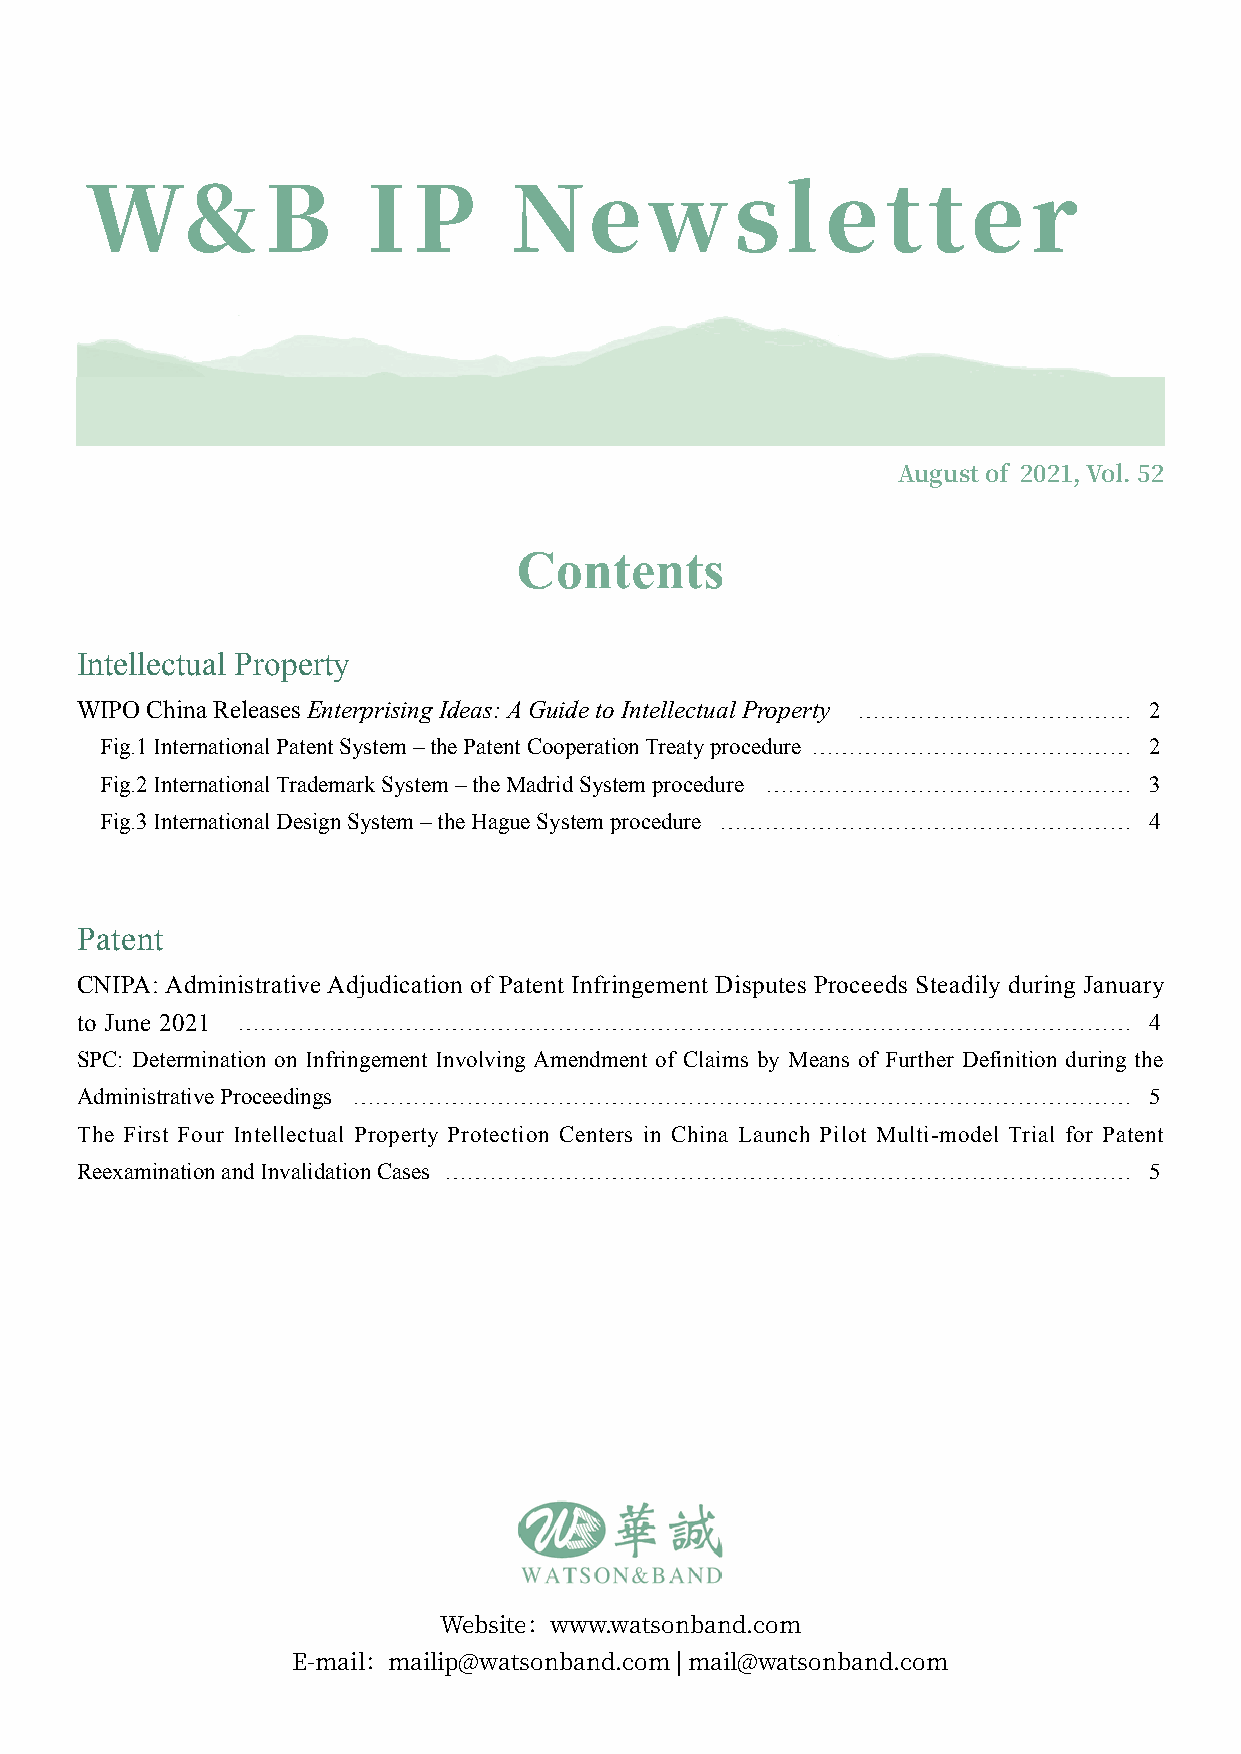
W&          B     I  P      Ne       wsl         e   t t  e   r
 August of 2021, Vol. 52
 Contents
 Intellectual Property
 WIPO China Releases Enterprising Ideas: A Guide to Intellectual Property ……………………………… 2
 Fig.1 International Patent System – the Patent Cooperation Treaty procedure …………………………………… 2
 Fig.2 International Trademark System – the Madrid System procedure ………………………………………… 3
 Fig.3 International Design System – the Hague System procedure ……………………………………………… 4
 Patent
 CNIPA: Administrative Adjudication of Patent Infringement Disputes Proceeds Steadily during January
 to June 2021 ………………………………………………………………………………………………………                   4
 SPC: Determination on Infringement Involving Amendment of Claims by Means of Further Definition during the
 Administrative Proceedings …………………………………………………………………………………………          5
 The First Four Intellectual Property Protection Centers in China Launch Pilot Multi-model Trial for Patent
 Reexamination and Invalidation Cases ………………………………………………………………………………    5
 Website：www.watsonband.com
 E-mail：mailip@watsonband.com | mail@watsonband.com